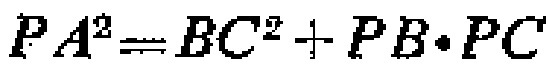
\(PA^{2}=BC^{2}+PB\cdot PC\)